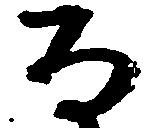
な